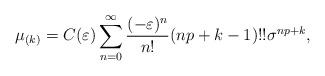
LaTeX: \begin{align*}\mu_{(k)}=C(\varepsilon)\sum_{n=0}^{\infty} \frac{(-\varepsilon)^{n}}{n!} (np+k-1)!! \sigma^{np+k},\end{align*}